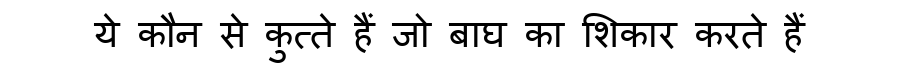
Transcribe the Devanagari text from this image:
ये कौन से कुत्ते हैं जो बाघ का शिकार करते हैं